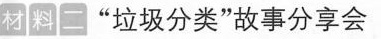
材料二”垃圾分类”故事分享会